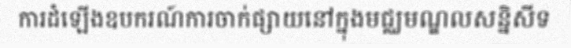
ការដំឡើងឧបករណ៍ការចាក់ផ្សាយនៅក្នុងមជ្ឈមណ្ឌលសន្និសីទ